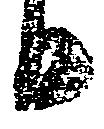
日